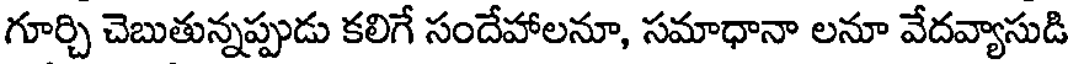
గూర్చి చెబుతున్నప్పుడు కలిగే సందేహాలనూ, సమాధానా లనూ వేదవ్యాసుడి